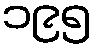
၁၉၅